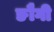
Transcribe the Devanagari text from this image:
ङौगी